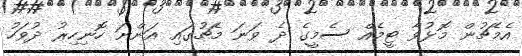
އެމެޗުން މޮޅުވާ ޓީމެއް ސެމީގެ ދެ ވަނަ މެޗުގައި އަންނަ ހޮނިހިރު ދުވަހު